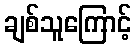
ချစ်သူကြောင့်